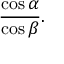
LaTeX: { \frac { \cos \alpha } { \cos \beta } } .